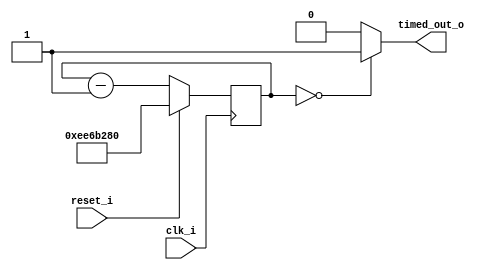
module timeout_counter (
	input clk_i,
	input reset_i,
	output reg timed_out_o
);

reg [27:0] counter_d, counter_q;

always @(*) begin
	if (reset_i)
		counter_d = 28'd250000000;
	else
		counter_d = counter_q - 28'd1;
	
	if (counter_q == 28'd0)
		timed_out_o = 1'b1;
	else
		timed_out_o = 1'b0;
end

always @(posedge clk_i) begin
	counter_q <= counter_d;
end

endmodule